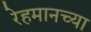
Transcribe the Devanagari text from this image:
रेहमानच्या